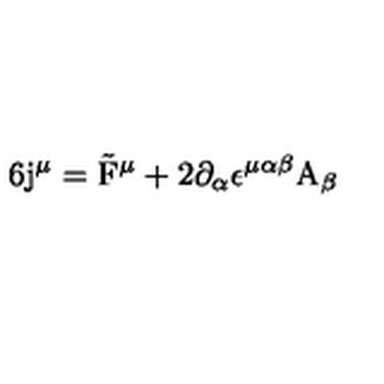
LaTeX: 6 \mathrm { \boldmath j } ^ { \mu } = \tilde { \mathrm { \boldmath F } } ^ { \mu } + 2 \partial _ { \alpha } \epsilon ^ { \mu \alpha \beta } \mathrm { \boldmath A } _ { \beta }